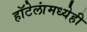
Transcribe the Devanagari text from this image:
हॉटेलांमध्येही